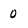
Character: 0